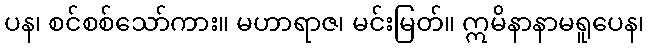
ပန၊ စင်စစ်သော်ကား။ မဟာရာဇ၊ မင်းမြတ်။ ဣမိနာနာမရူပေန၊